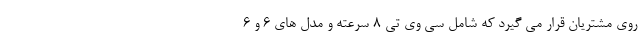
روی مشتریان قرار می گیرد که شامل سی وی تی 8 سرعته و مدل های 6 و 6